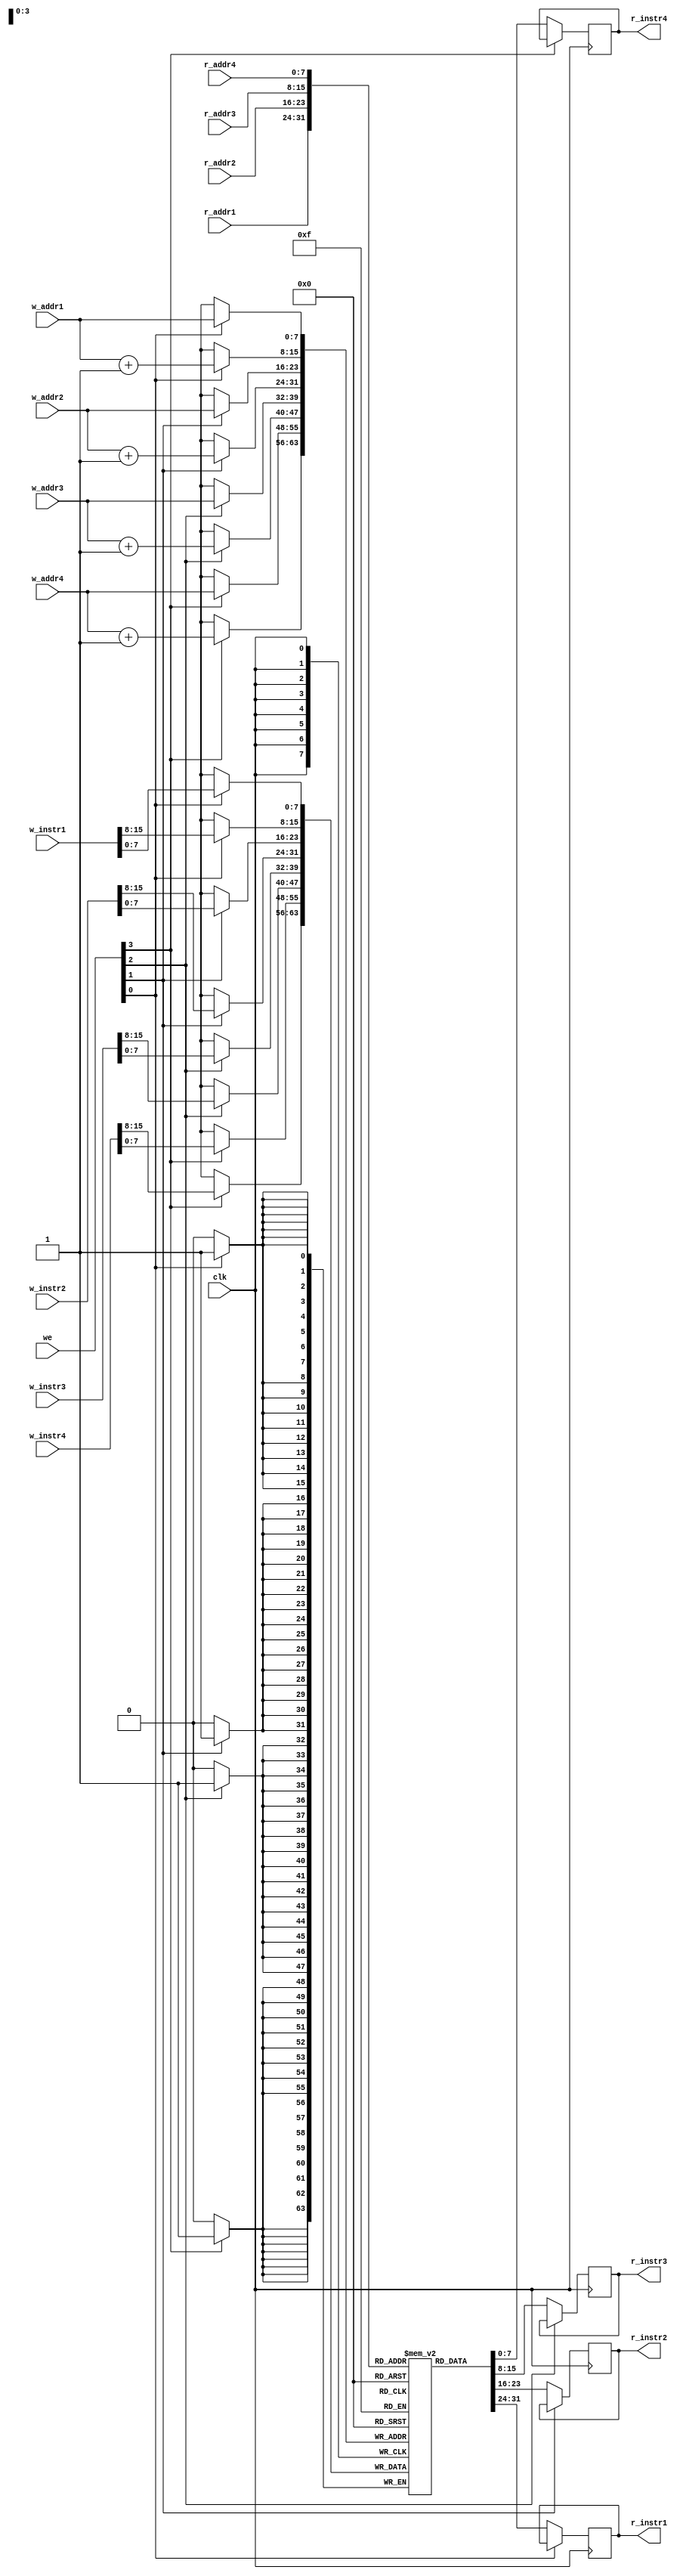
module instr_mem #(parameter DATA_WIDTH = 8, ADDR_WIDTH = 8)
	(input clk,
	input wire [3:0] we,
	input wire[(2*DATA_WIDTH-1):0] w_instr1, w_instr2, w_instr3, w_instr4,
	input wire[(ADDR_WIDTH-1):0] w_addr1, r_addr1, w_addr2, r_addr2, w_addr3, r_addr3, w_addr4, r_addr4,
	output wire[(DATA_WIDTH-1):0] r_instr1, r_instr2, r_instr3, r_instr4);


	//signal declaration
	reg[DATA_WIDTH-1:0] mem [2**ADDR_WIDTH-1:0]; //2D-array for storage
	reg[DATA_WIDTH-1:0] data_reg1, data_reg2, data_reg3, data_reg4;

	// //RAM initialization from an output file
	// initial
	// 	$readmemh("initialRAM.txt",mem);
		
	parameter LDACI = 8'd0;
	parameter LDAC = 8'd1;
	parameter LDARR1 = 8'd2;
	parameter LDARR2 = 8'd3;
	parameter MVAC = 8'd4;
	parameter MVACRi = 8'd5;
	parameter MVACRj = 8'd6;
	parameter MVACRk = 8'd7;
	parameter MVACR1 = 8'd8;
	parameter MVACR2 = 8'd9;
	parameter ADDTR = 8'd10;
	parameter ADDR1 = 8'd11;
	parameter ADDR2 = 8'd12;
	parameter STACI = 8'd13;
	parameter STTR = 8'd14;
	parameter MULT = 8'd15;
	parameter MULTRi = 8'd16;
	parameter MULTRj = 8'd17;
	parameter MULTRk = 8'd18;
	parameter SUB = 8'd19;
	parameter SUBRi = 8'd20;
	parameter SUBRj = 8'd21;
	parameter SUBRk = 8'd22;
	parameter CLRR = 8'd23;
	parameter CLRAC = 8'd24;
	parameter CLRTR = 8'd25;
	parameter INAC = 8'd26;
	parameter JPNZ = 8'd27;
	parameter ENDOP = 8'd28;
	parameter LDACRi = 8'd29;
	parameter LDACRj = 8'd30;
	parameter LDACRk = 8'd31;
	parameter LDACR3 = 8'd32;
	parameter MVACR3 = 8'd33;
	parameter LDACRa = 8'd34;
	parameter LDACRb = 8'd35;
	parameter MVACRa = 8'd36;
	parameter MVACRb = 8'd37;
	parameter CLRR1 = 8'd38;
	parameter CLRR2 = 8'd39;
	parameter LDACRc = 8'd40;
	parameter LDACRx = 8'd41;
	parameter ADDRx = 8'd42;
	parameter MVACRx = 8'd43;
	parameter SUBRx = 8'd44;
	parameter INTDIVRx = 8'd45;
	parameter MODRx = 8'd46;
	parameter JMPZ = 8'd47;
	parameter NOP = 8'd48;
		
		
	// MultiCore Instruction set to be executed
	initial begin
	mem[0] = LDACI;
	mem[1] = 8'd0; //m
	mem[2] = MVAC;
	mem[3] = LDACI;
	mem[4] = 8'd1; //n
	mem[5] = MULT;
	mem[6] = MVACR3;

	mem[7] = LDACI;	//calculate x
	mem[8] = 8'd3;	//N
	mem[9] = MVACRi;
	mem[10] = LDACI;
	mem[11] = 8'd4; //p
	mem[12] = MULTRi;

	mem[13] = MVACRx;
	mem[14] = LDACRc;
	mem[15] = ADDRx;

	//new conditional statement
	mem[16] = LDACI;	
	mem[17] = 8'd0; //m
	mem[18] = MVAC;
	mem[19] = LDACI;
	mem[20] = 8'd2; //l
	mem[21] = MULT; 
	mem[22] = SUBRx;
	mem[23] = JMPZ;
	mem[24] = 8'd121;

	mem[25] = LDACI;	//calculate x	inner loop p
	mem[26] = 8'd3;	//N
	mem[27] = MVACRi;
	mem[28] = LDACI;
	mem[29] = 8'd4; //p
	mem[30] = MULTRi;

	mem[31] = MVACRx;
	mem[32] = LDACRc;
	mem[33] = ADDRx;

	mem[34] = LDACI;	//calculate i
	mem[35] = 8'd2;	//l
	mem[36] = INTDIVRx;
	mem[37] = MVACRi;
	mem[38] = LDACI;
	mem[39] = 8'd1;	//	n
	mem[40] = MULTRi;
	mem[41] = MVACRa;
	
	mem[42] = LDACI;	//calculate j
	mem[43] = 8'd2;	//l
	mem[44] = MODRx;
	mem[45] = MVACRj;
	mem[46] = LDACI;
	mem[47] = 8'd1;	//	n
	mem[48] = MULTRj;
	mem[49] = MVACRb;

	mem[50] = CLRAC;
	mem[51] = STACI;
	mem[52] = 8'd6;	//k

	mem[53] = LDACRa;	//loop3
	mem[54] = MVACR1;	
	mem[55] = LDACRb;	
	mem[56] = MVACR2;	
	mem[57] = LDACI;
	mem[58] = 8'd6; //k
	mem[59] = MVACRk;
	mem[60] = ADDR1;
	mem[61] = LDACRk;
	mem[62] = ADDR2;
	mem[63] = LDACI;
	mem[64] = 8'd8; //val1 loc
	mem[65] = ADDR1;
	mem[66] = LDARR1;
	mem[67] = LDAC;
	mem[68] = MVAC;	
	mem[69] = LDACI;
	mem[70] = 8'd8; //val1 loc
	mem[71] = ADDR2;
	mem[72] = LDACR3;
	mem[73] = ADDR2;
	mem[74] = LDARR2;
	mem[75] = LDAC;
	mem[76] = MULT;
	mem[77] = ADDTR;
	mem[78] = LDACRk;	
	mem[79] = INAC;
	mem[80] = MVACRk;
	mem[81] = STACI;
	mem[82] = 8'd6; //k
	mem[83] = LDACI;
	mem[84] = 8'd1; //n
	mem[85] = CLRR;
	mem[86] = SUBRk;
	mem[87] = JPNZ;	
	mem[88] = 8'd53; //inner loop ends here				//SHOULD CHANGE THIS
	mem[89] = LDACRj;
	mem[90] = MVACR1;
	mem[91] = LDACI;
	mem[92] = 8'd9; // st val1 loc
	mem[93] = ADDR1;
	mem[94] = LDACRi;
	mem[95] = MVAC;
	mem[96] = LDACI;
	mem[97] = 8'd2;	//l
	mem[98] = MULT;
	mem[99] = ADDR1;
	mem[100] = ADDR1;
	mem[101] = LDARR1;
	mem[102] = STTR;
	mem[103] = CLRTR;

	mem[104] = LDACI;
	mem[105] = 8'd4; //p
	mem[106] = INAC;
	mem[107] = STACI;
	mem[108] = 8'd4; //p
	mem[109] = LDACI; 
	mem[110] = 8'd3; //N
	mem[111] = ADDRx; 
	mem[112] = LDACI;	
	mem[113] = 8'd0; //m
	mem[114] = MVAC;
	mem[115] = LDACI;
	mem[116] = 8'd2; //l
	mem[117] = MULT; 
	mem[118] = SUBRx;
	mem[119] = JPNZ;
	mem[120] = 8'd25; // loop p	

	mem[121] = ENDOP;
		
	end


	always@(posedge clk)
		begin
			if(we[0])
				begin
				mem[w_addr1] <= w_instr1[7:0];
				mem[w_addr1+1'b1] <= w_instr1[15:8];
				end
			else if(!we[0])
				begin
				data_reg1 <= mem[r_addr1];
				end
			if(we[1])
				begin
				mem[w_addr2] <= w_instr2[7:0];
				mem[w_addr2+1'b1] <= w_instr2[15:8];
				end
			else if(!we[1])
				begin
				data_reg2 <= mem[r_addr2];
				end
			if(we[2])
				begin
				mem[w_addr3] <= w_instr3[7:0];
				mem[w_addr3+1'b1] <= w_instr3[15:8];
				end
			else if(!we[2])
				begin
				data_reg3 <= mem[r_addr3];
				end
			if(we[3])
				begin
				mem[w_addr4] <= w_instr4[7:0];
				mem[w_addr4+1'b1] <= w_instr4[15:8];
				end
			else if(!we[3])
				begin
				data_reg4 <= mem[r_addr4];
				end
		end
		
		//read operation
		assign r_instr1 = data_reg1;
		assign r_instr2 = data_reg2;
		assign r_instr3 = data_reg3;
		assign r_instr4 = data_reg4;

endmodule